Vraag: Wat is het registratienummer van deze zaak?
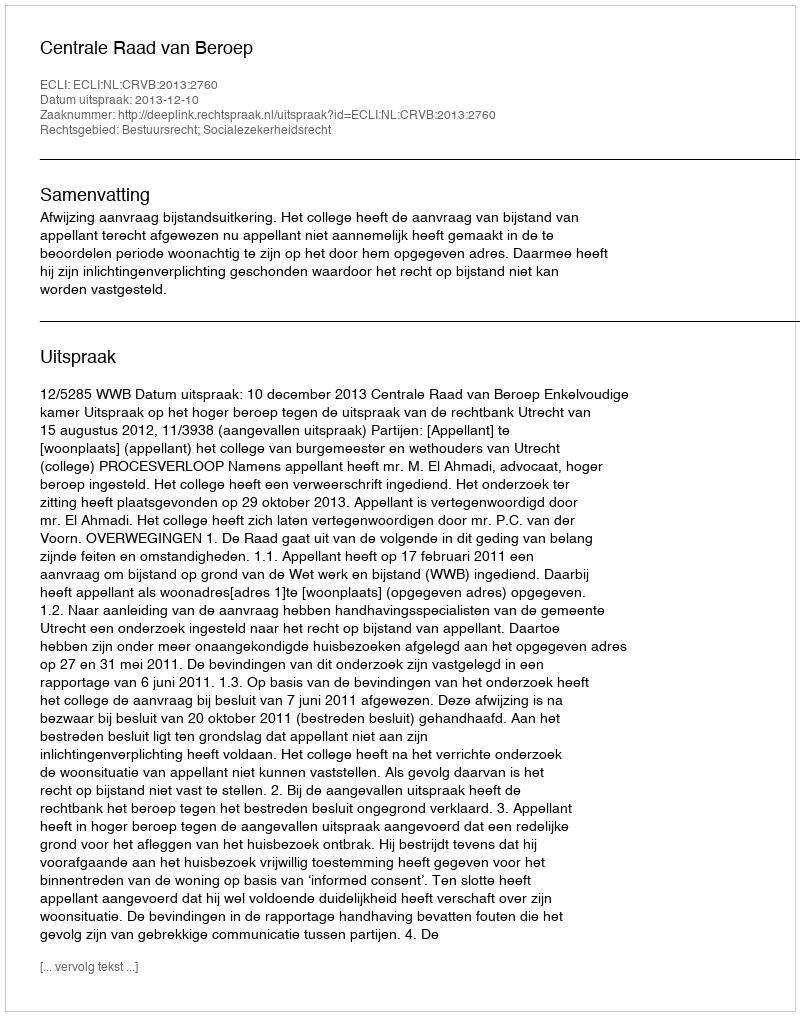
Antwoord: http://deeplink.rechtspraak.nl/uitspraak?id=ECLI:NL:CRVB:2013:2760